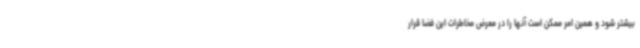
بیشتر شود و همین امر ممکن است آنها را در معرض مخاطرات این فضا قرار